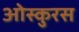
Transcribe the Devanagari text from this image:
ओस्कुरस